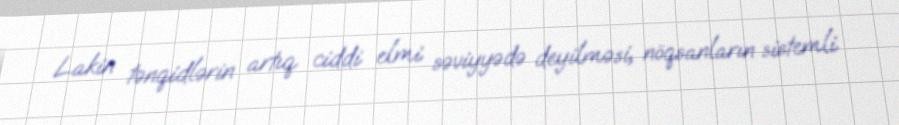
Lakin tənqidlərin artıq ciddi elmi səviyyədə deyilməsi, nöqsanların sistemli